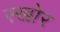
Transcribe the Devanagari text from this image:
स्खोर